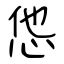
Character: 怹